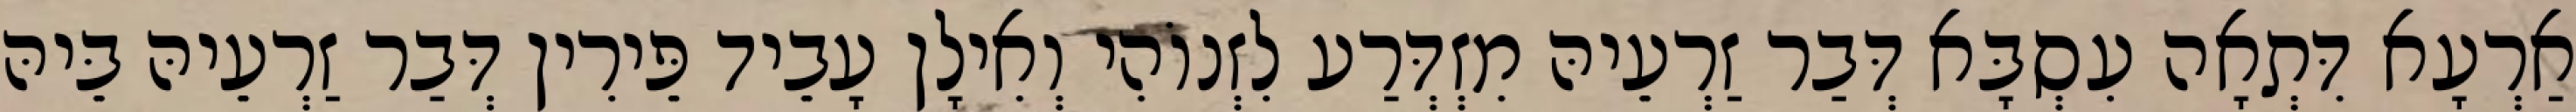
אַרְעָא דִּתְאָה עִסְבָּא דְּבַר זַרְעֵיהּ מִזְדְּרַע לִזְנוֹהִי וְאִילָן עָבֵיד פֵּירִין דְּבַר זַרְעֵיהּ בֵּיהּ